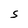
Character: S